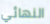
النهائي